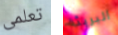
تعلمى البريئة